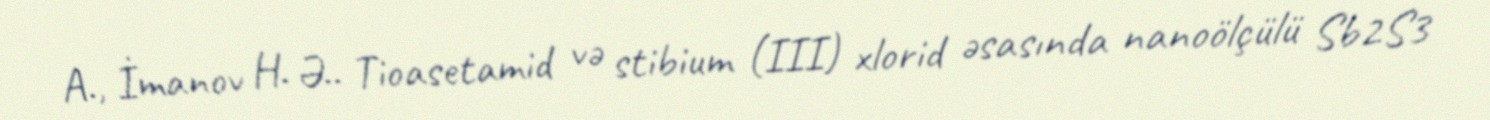
A., İmanov H. Ə.. Tioasetamid və stibium (III) xlorid əsasında nanoölçülü Sb2S3